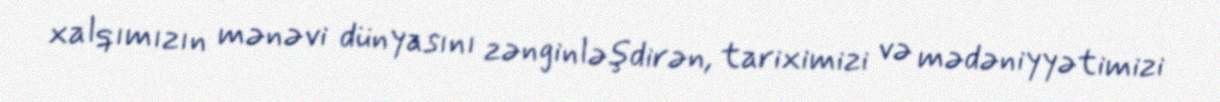
xalqımızın mənəvi dünyasını zənginləşdirən, tariximizi və mədəniyyətimizi